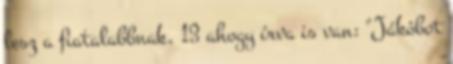
lesz a fiatalabbnak, 13 ahogy írva is van: "Jákóbot